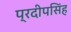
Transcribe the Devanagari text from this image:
प्रदीपसिंह